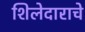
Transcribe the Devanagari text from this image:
शिलेदाराचे